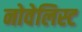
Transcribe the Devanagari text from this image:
नोवेलिस्ट